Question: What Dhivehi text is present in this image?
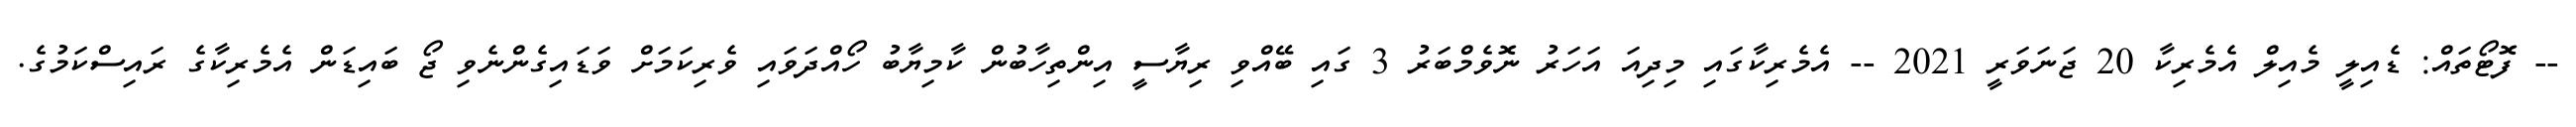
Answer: -- ފޮޓޯތައް: ޑެއިލީ މެއިލް އެމެރިކާ 20 ޖަނަވަރީ 2021 -- އެމެރިކާގައި މިދިއަ އަހަރު ނޮވެމްބަރު 3 ގައި ބޭއްވި ރިޔާސީ އިންތިހާބުން ކާމިޔާބު ހޯއްދަވައި ވެރިކަމަށް ވަޑައިގެންނެވި ޖޯ ބައިޑަން އެމެރިކާގެ ރައިސްކަމުގެ.